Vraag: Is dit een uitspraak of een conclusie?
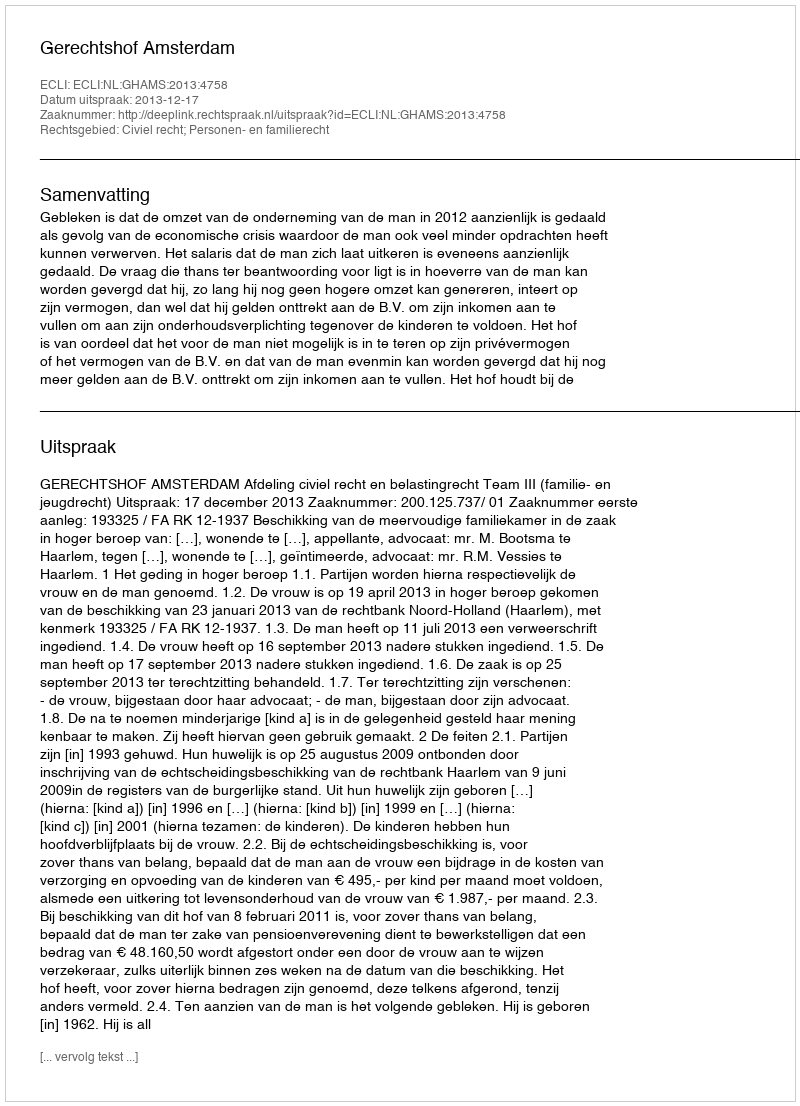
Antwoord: Uitspraak